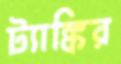
ট্যাঙ্কির